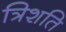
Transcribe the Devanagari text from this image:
त्रिशति